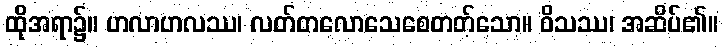
ထိုအရာ၌။ ဟလာဟလဿ၊ လတ်တလောသေစေတတ်သော။ ဝိသဿ၊ အဆိပ်၏။